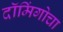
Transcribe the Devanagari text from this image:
दॉमिंगोचा